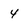
Character: 4